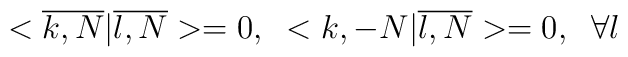
<\overline{k,N}|\overline{l,N}>=0,\;\;<k,-N|\overline{l,N}>=0, \;\;\forall l